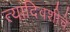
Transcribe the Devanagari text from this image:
त्यादिवशीचे